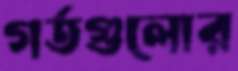
গর্তগুলোর